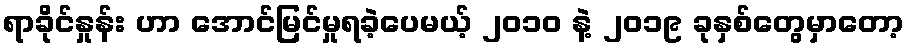
ရာခိုင်နှုန်း ဟာ အောင်မြင်မှုရခဲ့ပေမယ့် ၂၀၁၀ နဲ့ ၂၀၁၉ ခုနှစ်တွေမှာတော့